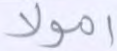
أموالا